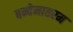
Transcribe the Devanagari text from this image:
बन्देमातरम